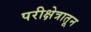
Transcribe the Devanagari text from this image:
परीक्षेत्रातून